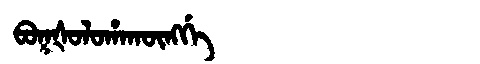
Manchu: ᠪᠣᡴᡧᠣᠯᠣᡥᠠᡴᡡᠩᡤᡝ
Romanization: BOKŠOLOHAKŪNGGE